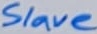
Text: Slave